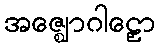
အဇ္ဈောဂါဠှော